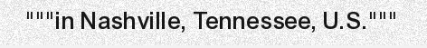
"""in Nashville, Tennessee, U.S."""